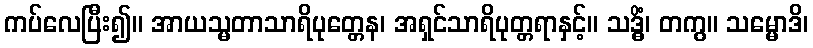
ကပ်လေပြီး၍။ အာယသ္မတာသာရိပုတ္တေန၊ အရှင်သာရိပုတ္တရာနှင့်။ သဒ္ဓိံ၊ တကွ။ သမ္မောဒိ၊